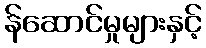
န်ဆောင်မှုများနှင့်